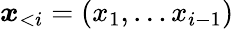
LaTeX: \boldsymbol{x}_{<i}=(x_{1},\dots x_{i-1})